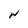
Character: W